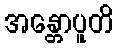
အန္တောပူတိ